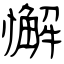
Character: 懈